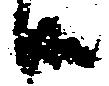
御